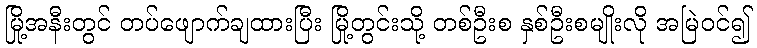
မြို့အနီးတွင် တပ်ဖျောက်ချထားပြီး မြို့တွင်းသို့ တစ်ဦးစ နှစ်ဦးစမျိုးလို အမြဲဝင်၍